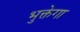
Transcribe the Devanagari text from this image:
भुक्तेगा